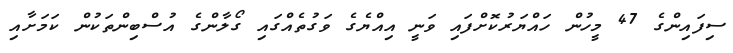
ސިފައިންގެ 47 މީހުން ހައްޔަރުކޮށްފައި ވަނީ އިއްޔެގެ ވަގުތެއްގައި ގޯލާންގެ އުސްބިންތަކުން ކަމަށާއި